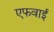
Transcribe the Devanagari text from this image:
एफवाई